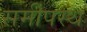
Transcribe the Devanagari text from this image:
समीपस्‍थ